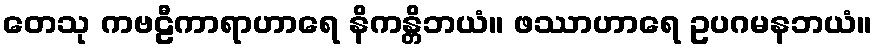
တေသု ကဗဠီကာရာဟာရေ နိကန္တိဘယံ။ ဖဿာဟာရေ ဥပဂမနဘယံ။